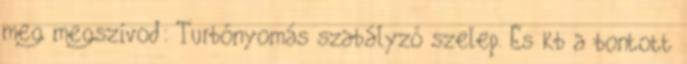
meg megszívod: Turbónyomás szabályzó szelep. És kb a bontott